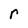
Character: r